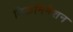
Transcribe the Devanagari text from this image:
डिक्रमिनेशन